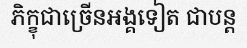
ភិក្ខុជាច្រើនអង្គទៀត ជាបន្ត